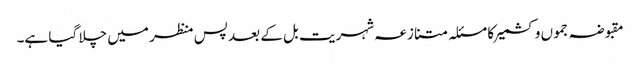
مقبوضہ جموں وکشمیر کا مسئلہ متنازعہ شہریت بل کے بعد پس منظر میں چلا گیا ہے۔